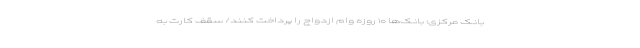
بانک مرکزی: بانک‌ها ۱۰ روزه وام ازدواج را پرداخت کنند/ سقف کارت به